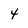
Character: 4